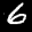
Label: 6